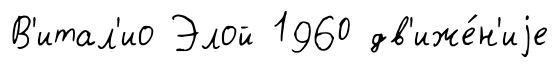
В'итал'ио Элой 1960 дв'иже́н'иjе